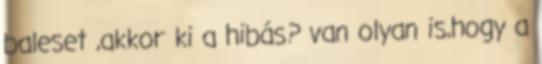
baleset ,akkor ki a hibás? van olyan is,hogy a